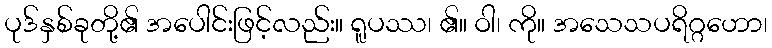
ပုဒ်နှစ်ခုတို့၏ အပေါင်းဖြင့်လည်း။ ရူပဿ၊ ၏။ ဝါ၊ ကို။ အသေသပရိဂ္ဂဟော၊